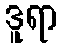
ဒူရာ